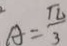
A = \frac { \pi } { 3 }